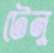
টেনু